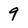
Character: 9